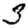
Digit: 3